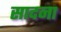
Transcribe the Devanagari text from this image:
सादना